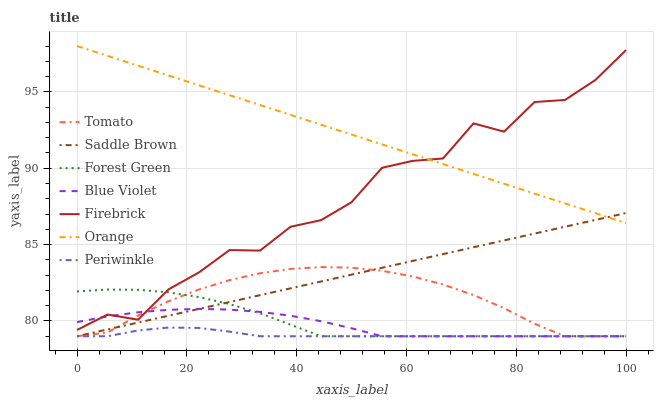
| xaxis_label | Tomato | Saddle Brown | Forest Green | Blue Violet | Firebrick | Orange | Periwinkle |
 | --- | --- | --- | --- | --- | --- | --- | --- |
 | 0 | 79 | 79 | 81.9 | 79.9 | 79.4 | 98 | 79 |
 | 5.56 | 79.3 | 79.4 | 82.1 | 80.3 | 80.4 | 97.4 | 79 |
 | 11.1 | 80.4 | 79.9 | 82 | 80.6 | 80.1 | 96.7 | 79.4 |
 | 16.7 | 81.3 | 80.3 | 81.9 | 80.7 | 82.1 | 96.1 | 79.6 |
 | 22.2 | 82.1 | 80.8 | 81.6 | 80.8 | 83.2 | 95.4 | 79.5 |
 | 27.8 | 82.7 | 81.2 | 81.1 | 80.7 | 84.6 | 94.8 | 79.3 |
 | 33.3 | 83.1 | 81.7 | 80.5 | 80.6 | 84.6 | 94.1 | 79 |
 | 38.9 | 83.4 | 82.1 | 79.8 | 80.3 | 86.2 | 93.5 | 79 |
 | 44.4 | 83.5 | 82.6 | 79 | 80 | 86.6 | 92.8 | 79 |
 | 50 | 83.5 | 83 | 79 | 79.5 | 87.8 | 92.2 | 79 |
 | 55.6 | 83.3 | 83.5 | 79 | 79 | 90 | 91.6 | 79 |
 | 61.1 | 82.9 | 83.9 | 79 | 79 | 90.5 | 90.9 | 79 |
 | 66.7 | 82.4 | 84.4 | 79 | 79 | 90.6 | 90.3 | 79 |
 | 72.2 | 81.7 | 84.8 | 79 | 79 | 92.9 | 89.6 | 79 |
 | 77.8 | 80.8 | 85.3 | 79 | 79 | 92.4 | 89 | 79 |
 | 83.3 | 79.8 | 85.7 | 79 | 79 | 94.3 | 88.3 | 79 |
 | 88.9 | 79 | 86.2 | 79 | 79 | 94.5 | 87.7 | 79 |
 | 94.4 | 79 | 86.6 | 79 | 79 | 95.8 | 87.1 | 79 |
 | 100 | 79 | 87.1 | 79 | 79 | 97.7 | 86.4 | 79 |